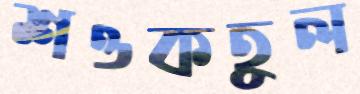
শওকতুল